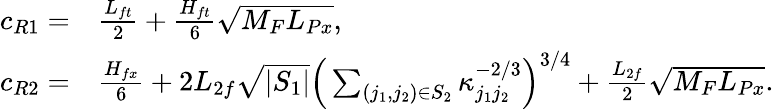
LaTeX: \begin{array}{rl}{c_{R1}=}&{\frac{L_{ft}}{2}+\frac{H_{ft}}{6}\sqrt{{M_{F}}L_{Px}},}\\ {c_{R2}=}&{\frac{H_{fx}}{6}+2L_{2f}\sqrt{|S_{1}|}\Big(\sum_{(j_{1},j_{2})\in S_{2}}\kappa_{j_{1}j_{2}}^{-2/3}\Big)^{3/4}+\frac{L_{2f}}{2}\sqrt{{M_{F}}L_{Px}}.}\end{array}